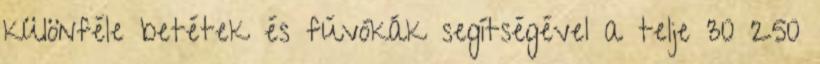
különféle betétek és fúvókák segítségével a telje 30 250